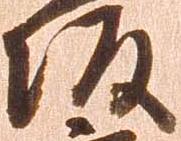
坂